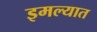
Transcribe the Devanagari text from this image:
इमल्यात